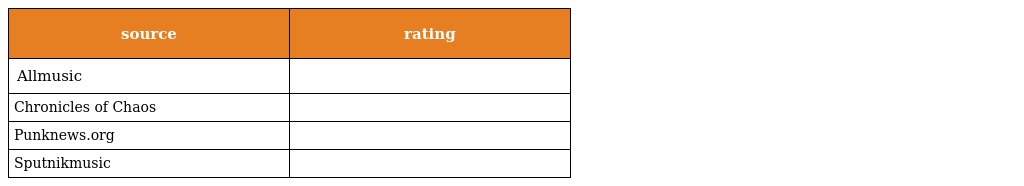
| source | rating |
 | --- | --- |
 | Allmusic |  |
 | Chronicles of Chaos |  |
 | Punknews.org |  |
 | Sputnikmusic |  |